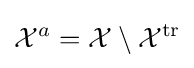
{\mathcal {X}}^{a}={\mathcal {X}}\setminus {\mathcal {X}}^{\operatorname {tr} }